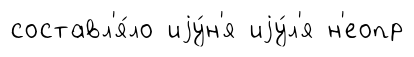
составл'я́ло иjу́н'я иjу́л'я н'еопр